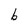
Character: b